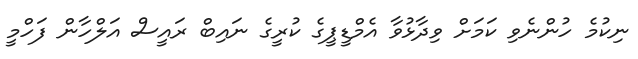
ނިކުމެ ހުންނެވި ކަމަށް ވިދާޅުވާ އެމްޑީޕީގެ ކުރީގެ ނައިބް ރައީސް އަލްހާން ފަހްމީ